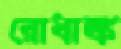
রোধাঙ্ক